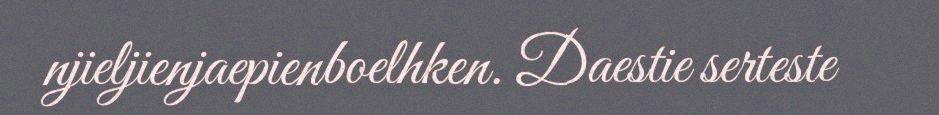
njieljienjaepienboelhken. Daestie serteste